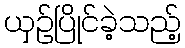
ယှဉ်ပြိုင်ခဲ့သည့်